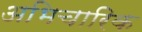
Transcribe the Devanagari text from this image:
अभिचारिक